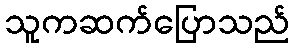
သူကဆက်ပြောသည်